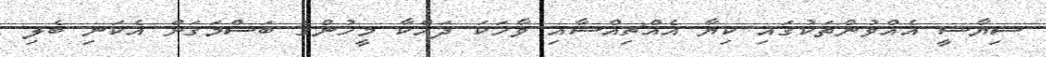
ސިޔާސީ އެއްވުންތަކުގައި ކިޔާ އެއްޗިއްސާއި ވާހަކަ ދައްކާ މީހުންގެ ބަސްމަގަށް އެކަނި ބެލި